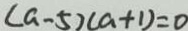
( a - 5 ) ( a + 1 ) = 0